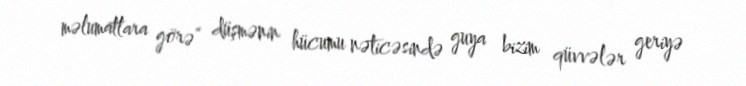
məlumatlara görə” düşmənin hücumu nəticəsində guya bizim qüvvələr geriyə